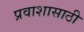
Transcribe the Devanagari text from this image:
प्रवाशासाठी